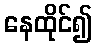
နေထိုင်၍